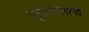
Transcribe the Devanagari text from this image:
प्युर्टोल्लानो